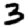
Digit: 3